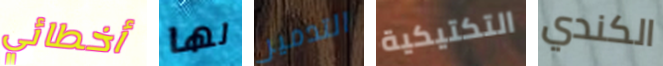
أخطائي لها التدمير التكتيكية الكندي